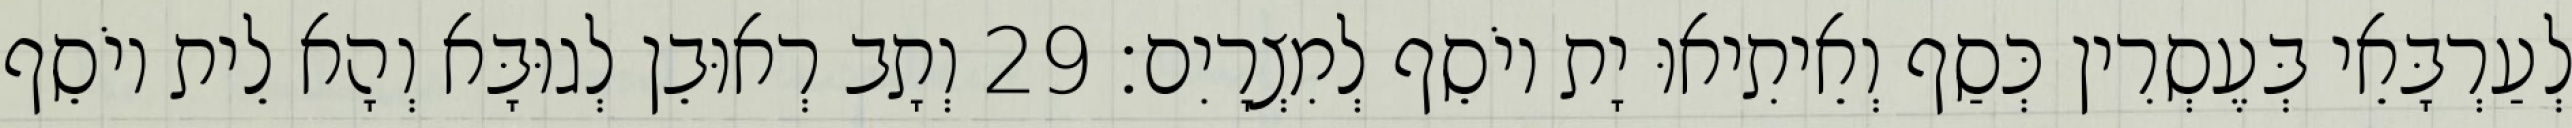
לְעַרְבָּאֵי בְּעֶסְרִין כְּסַף וְאֵיתִיאוּ יָת יוֹסֵף לְמִצְרָיִם׃ 29 וְתָב רְאוּבֵן לְגוּבָּא וְהָא לֵית יוֹסֵף